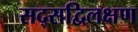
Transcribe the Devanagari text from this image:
सद्सद्विलक्षण